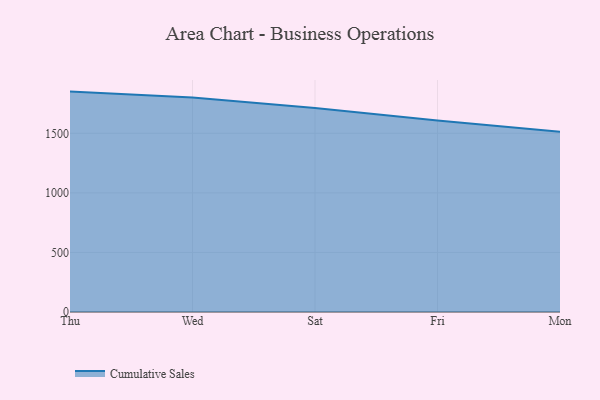
{"axis": {"x": "Day", "y": "LTV (USD)"}, "legend": ["Cumulative Sales"], "data": [{"x": "Thu", "y": 1850.0, "type": "Cumulative Sales"}, {"x": "Wed", "y": 1801.3, "type": "Cumulative Sales"}, {"x": "Sat", "y": 1712.8, "type": "Cumulative Sales"}, {"x": "Fri", "y": 1606.7, "type": "Cumulative Sales"}, {"x": "Mon", "y": 1513.7, "type": "Cumulative Sales"}]}